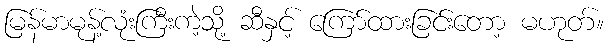
မြန်မာမုန့်လုံးကြီးကဲ့သို့ ဆီနှင့် ကြော်ထားခြင်းတော့ မဟုတ်။